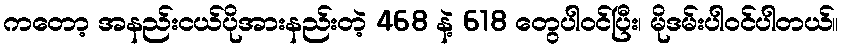
ကတော့ အနည်းငယ်ပိုအားနည်းတဲ့ 468 နဲ့ 618 တွေပါဝင်ပြီး၊ မိုဒမ်းပါဝင်ပါတယ်။